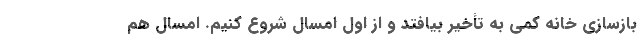
بازسازی خانه کمی به تأخیر بیافتد و از اول امسال شروع کنیم. امسال هم